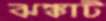
ঝঙ্কাট